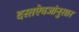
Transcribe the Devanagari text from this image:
दस्तऐवजांनुसार